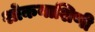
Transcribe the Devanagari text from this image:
शोकनाशिणी